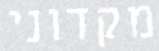
מקדוני